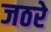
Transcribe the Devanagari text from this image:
जठरे